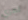
تمري